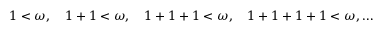
1 < \omega , \quad 1 + 1 < \omega , \quad 1 + 1 + 1 < \omega , \quad 1 + 1 + 1 + 1 < \omega , \ldots